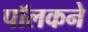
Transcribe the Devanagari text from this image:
पॉलकने